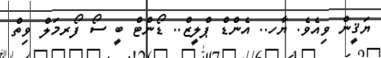
ޔަޤީން ވިއެވެ. ޔާހ.. އެންޑް ޕްލީޒް.. ޑޯންޓް ބީ ސޯ ފޯރމަލް ވިތް